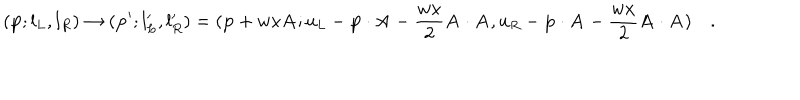
( { \bf p } ; l _ { L } , l _ { R } ) \to ( { \bf p } ^ { \prime } ; l _ { L } ^ { \prime } , l _ { R } ^ { \prime } ) = ( { \bf p } + w x { \bf A } ; u _ { L } - { \bf p } \cdot { \bf A } - { \frac { w x } { 2 } } { \bf A } \cdot { \bf A } , u _ { R } - { \bf p } \cdot { \bf A } - { \frac { w x } { 2 } } { \bf A } \cdot { \bf A } ) \quad .